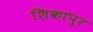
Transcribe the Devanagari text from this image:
शिकापुर